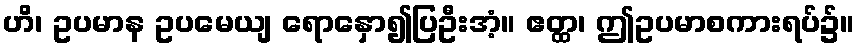
ဟိ၊ ဥပမာန ဥပမေယျ ရောနှော၍ပြဦးအံ့။ ဧတ္ထ၊ ဤဥပမာစကားရပ်၌။